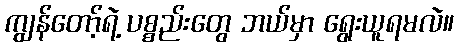
ကျွန်တော့်ရဲ့ ပစ္စည်းတွေ ဘယ်မှာ ရွေးယူရမလဲ။